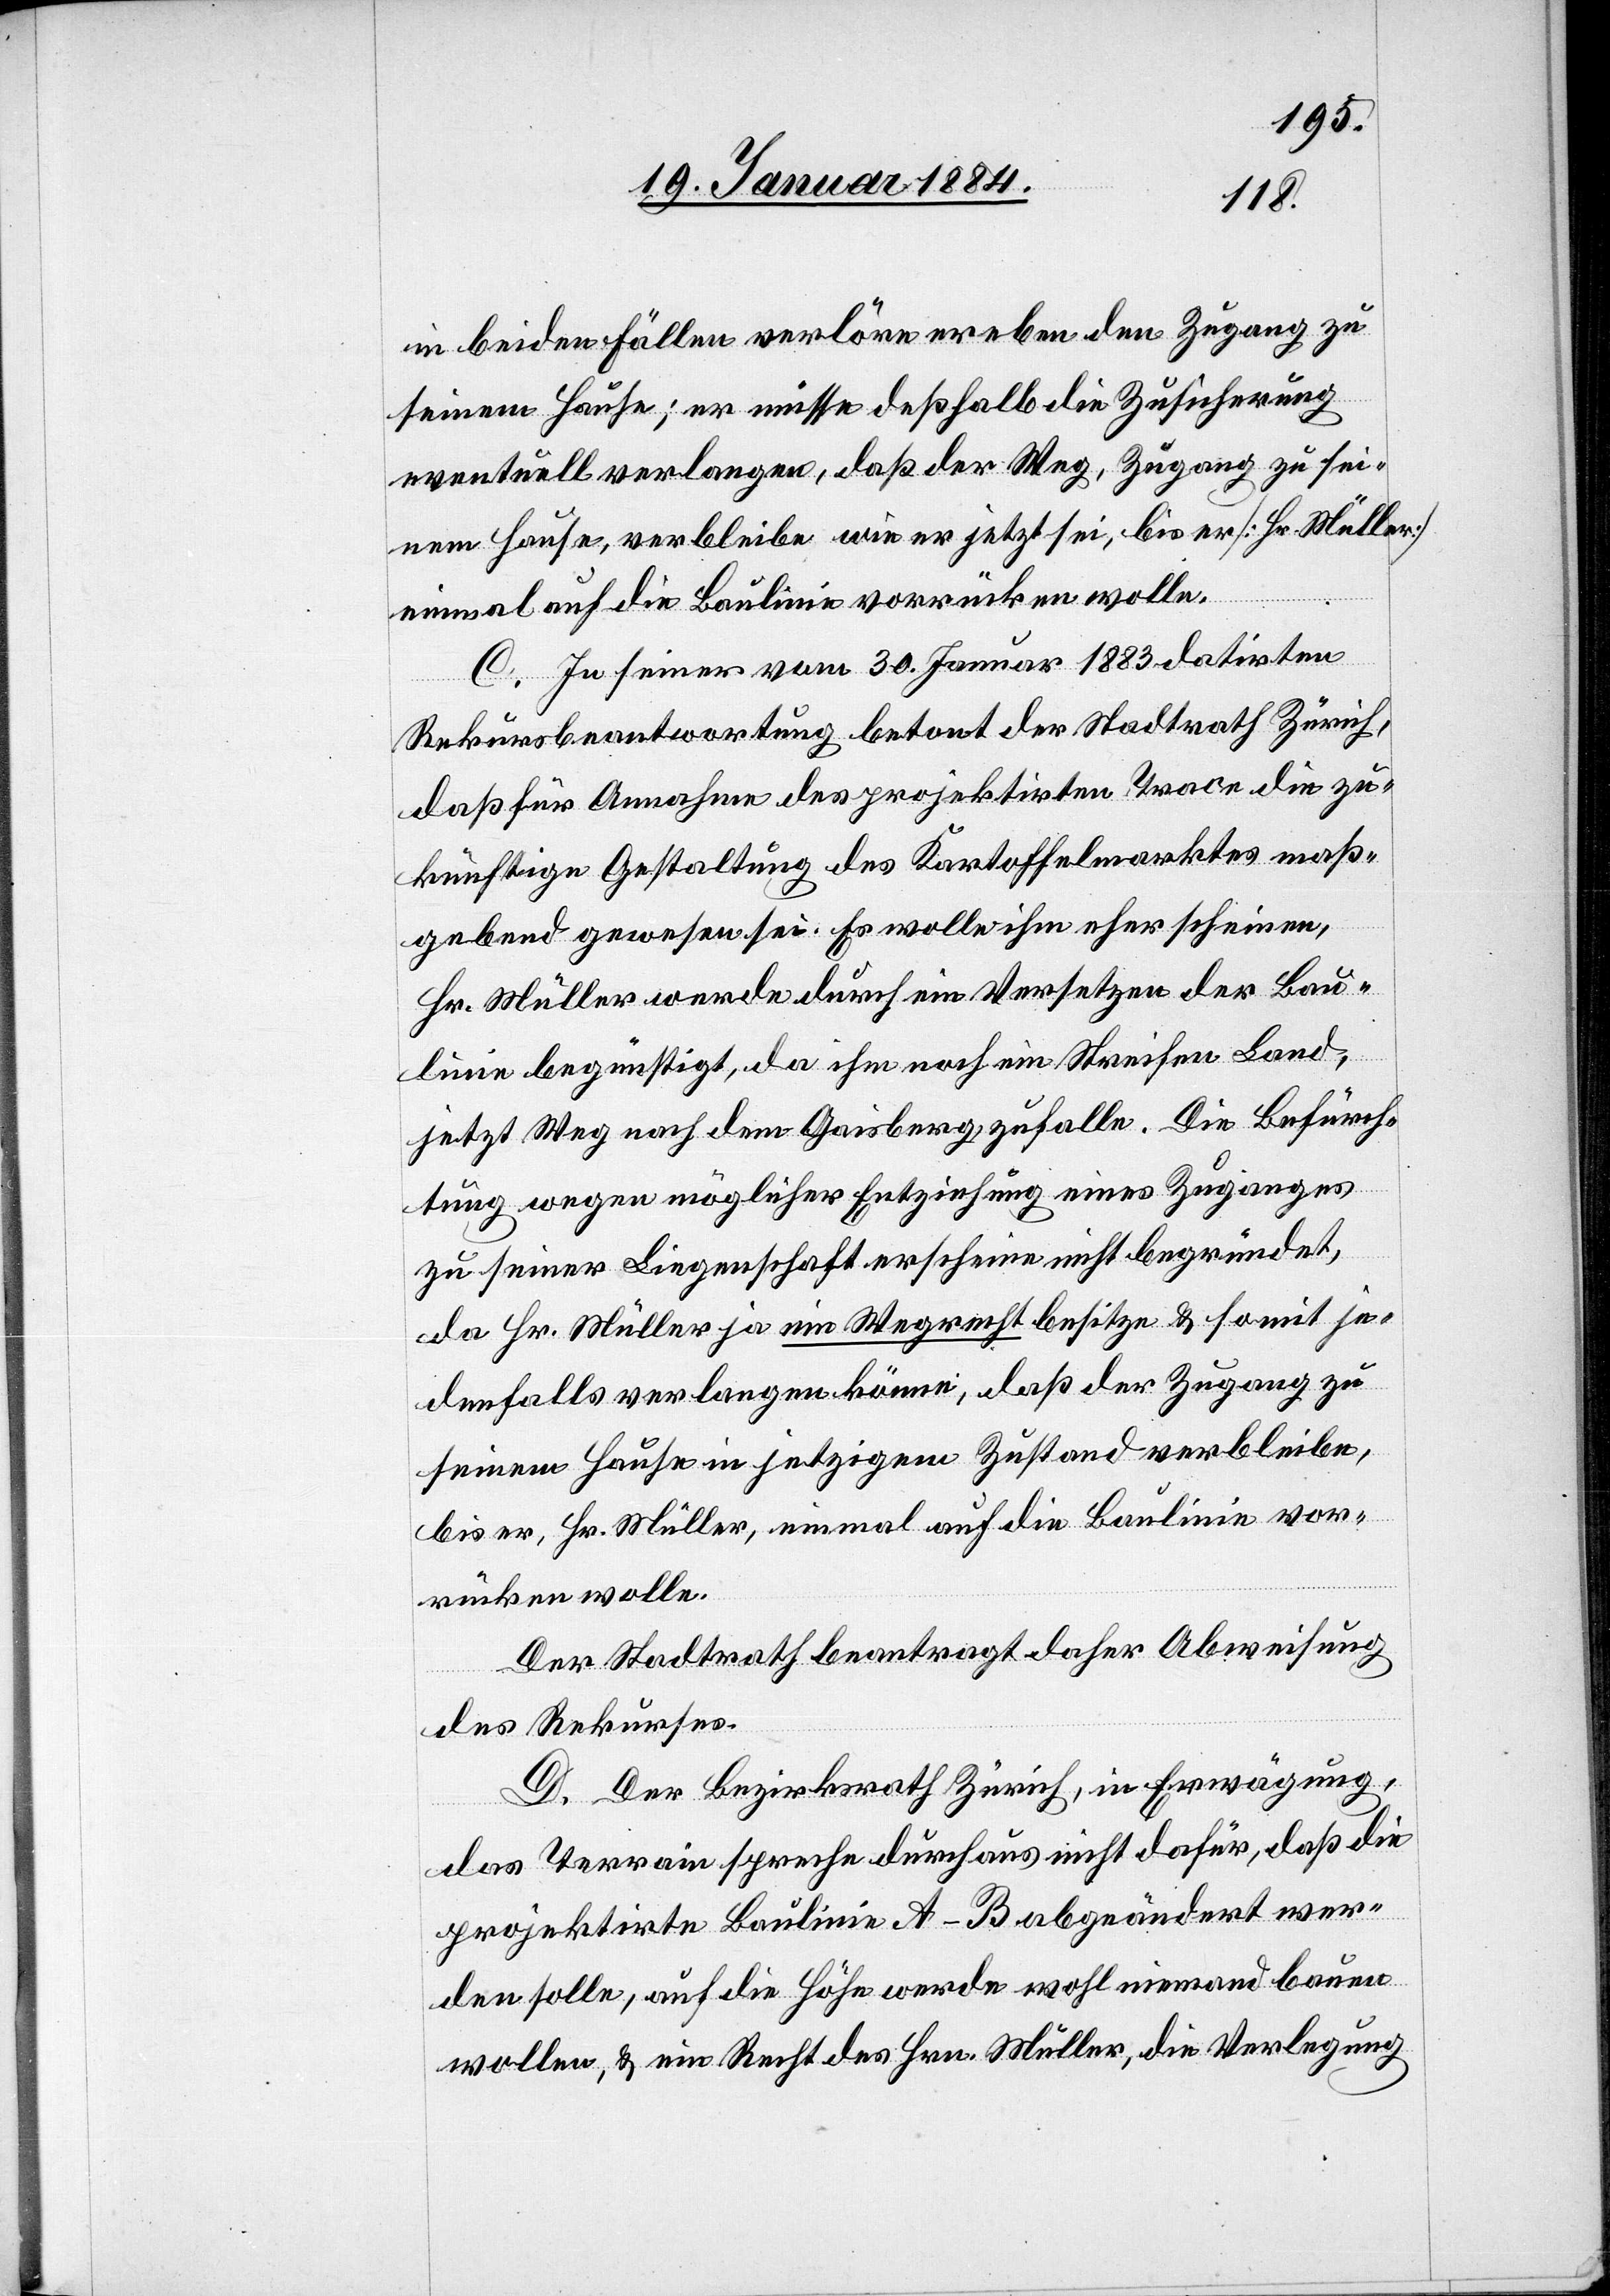
in beiden Fällen verlöre er eben den Zugang zu
seinem Hause; er müsse deßhalb die Zusicherung
eventuell verlangen, daß der Weg, Zugang zu sei¬
nem Hause, verbleibe wie er jetzt sei, bis er [Hr. Müller]
einmal auf die Baulinie vorrücken wolle.
C. In seiner vom 30. Januar 1883 datirten
Rekursbeantwortung betont der Stadtrath Zürich,
daß für Annahme des projektirten Trace die zu¬
künftige Gestaltung des Kartoffelmarkes maß¬
gebend gewesen sei. Es wolle ihm eher scheinen,
Hr. Müller werde durch ein Versetzen der Bau¬
linie begünstigt, da ihm noch ein Streifen Land,
jetzt Weg nach dem Gaißberg zufalle. Die Befürch¬
tung wegen möglicher Entziehung eines Zuganges
zu seiner Liegenschaft erscheine nicht begründet,
da Hr. Müller ja ein Wegrecht besitze & somit je¬
denfalls verlangen könne, daß der Zugang zu
seinem Hause in jetzigem Zustand verbleibe,
bis er, Hr. Müller, einmal auf die Baulinie vor¬
rücken wolle.
Der Stadtrath beantragt daher Abweisung
des Rekurses.
D. Der Bezirksrath Zürich, in Erwägung,
daß Terrain spreche durchaus nicht dafür, daß die
projektirte Baulinie A–B abgeändert wer¬
den solle, auf die Höhe werde wohl niemand bauen
wollen, & ein Recht des Hrn. Müller, die Verlegung